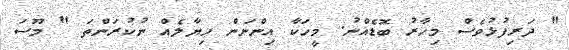
" ދަރިފުޅުވެސް މިހާރު ބޮޑެއްނު. މީހަކާ އިންނަން ހިޔާލެއް ނުކުރަންތަ " މޫސަ